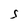
Character: S